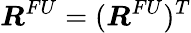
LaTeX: \boldsymbol{R}^{FU}=(\boldsymbol{R}^{FU})^{T}